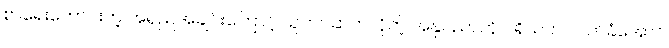
စာရေးကောင်းတဲ့ အရည်အချင်းကြောင့် သူတင်ဆက်လိုတဲ့ အနုပညာကို ပရိသတ် လက်ခံအောင်